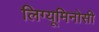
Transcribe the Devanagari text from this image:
लिग्यूमिनोसी